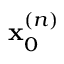
\mathbf { x } _ { 0 } ^ { ( n ) }